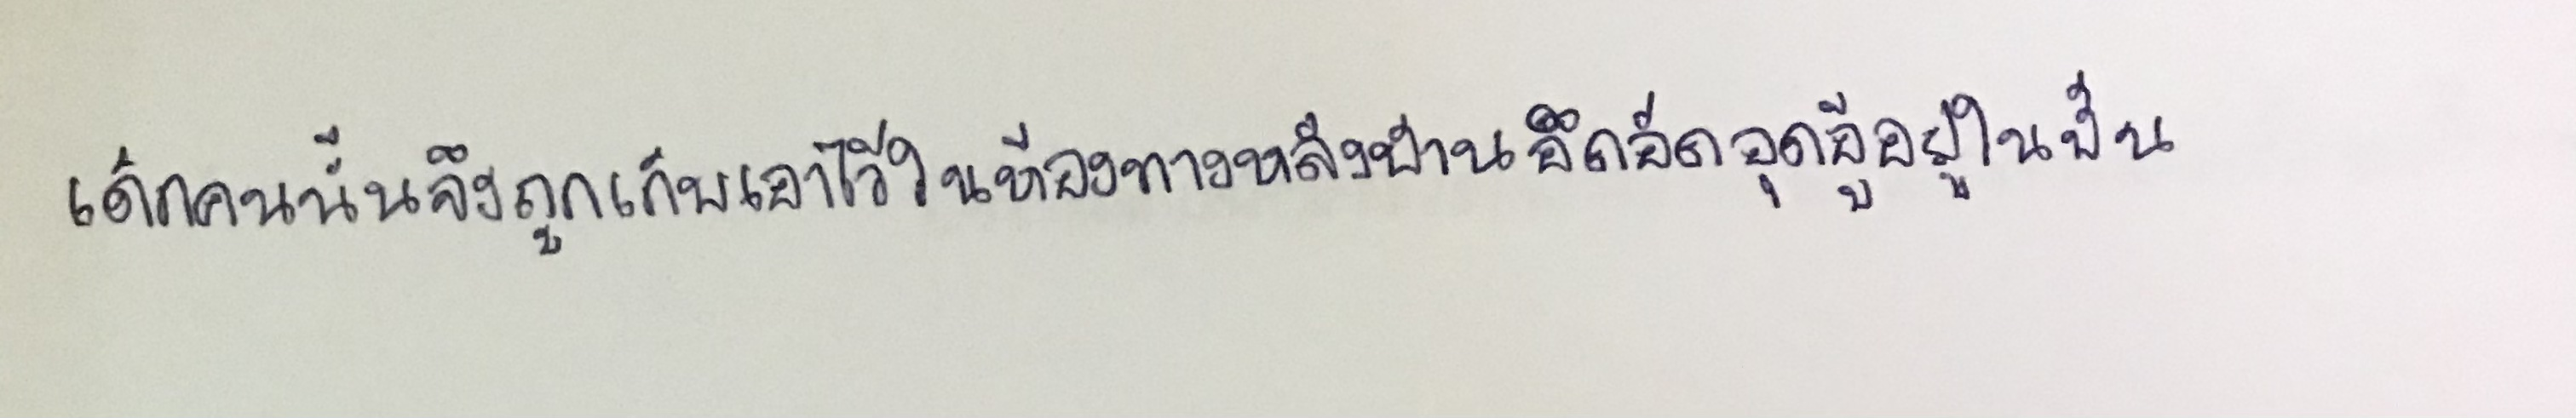
เด็กคนนั้นจึงถูกเก็บเอาไว้ในห้องทางหลังบ้านอึดอัดอุดอู้อยู่ในนั้น